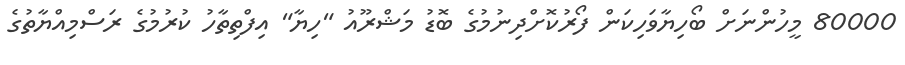
80000 މީހުންނަށް ބޯހިޔާވަހިކަން ފޯރުކޮށްދިނުމުގެ ބޮޑު މަޝްރޫއު "ހިޔާ" އިފްތިތާހު ކުރުމުގެ ރަސްމިއްޔާތުގެ